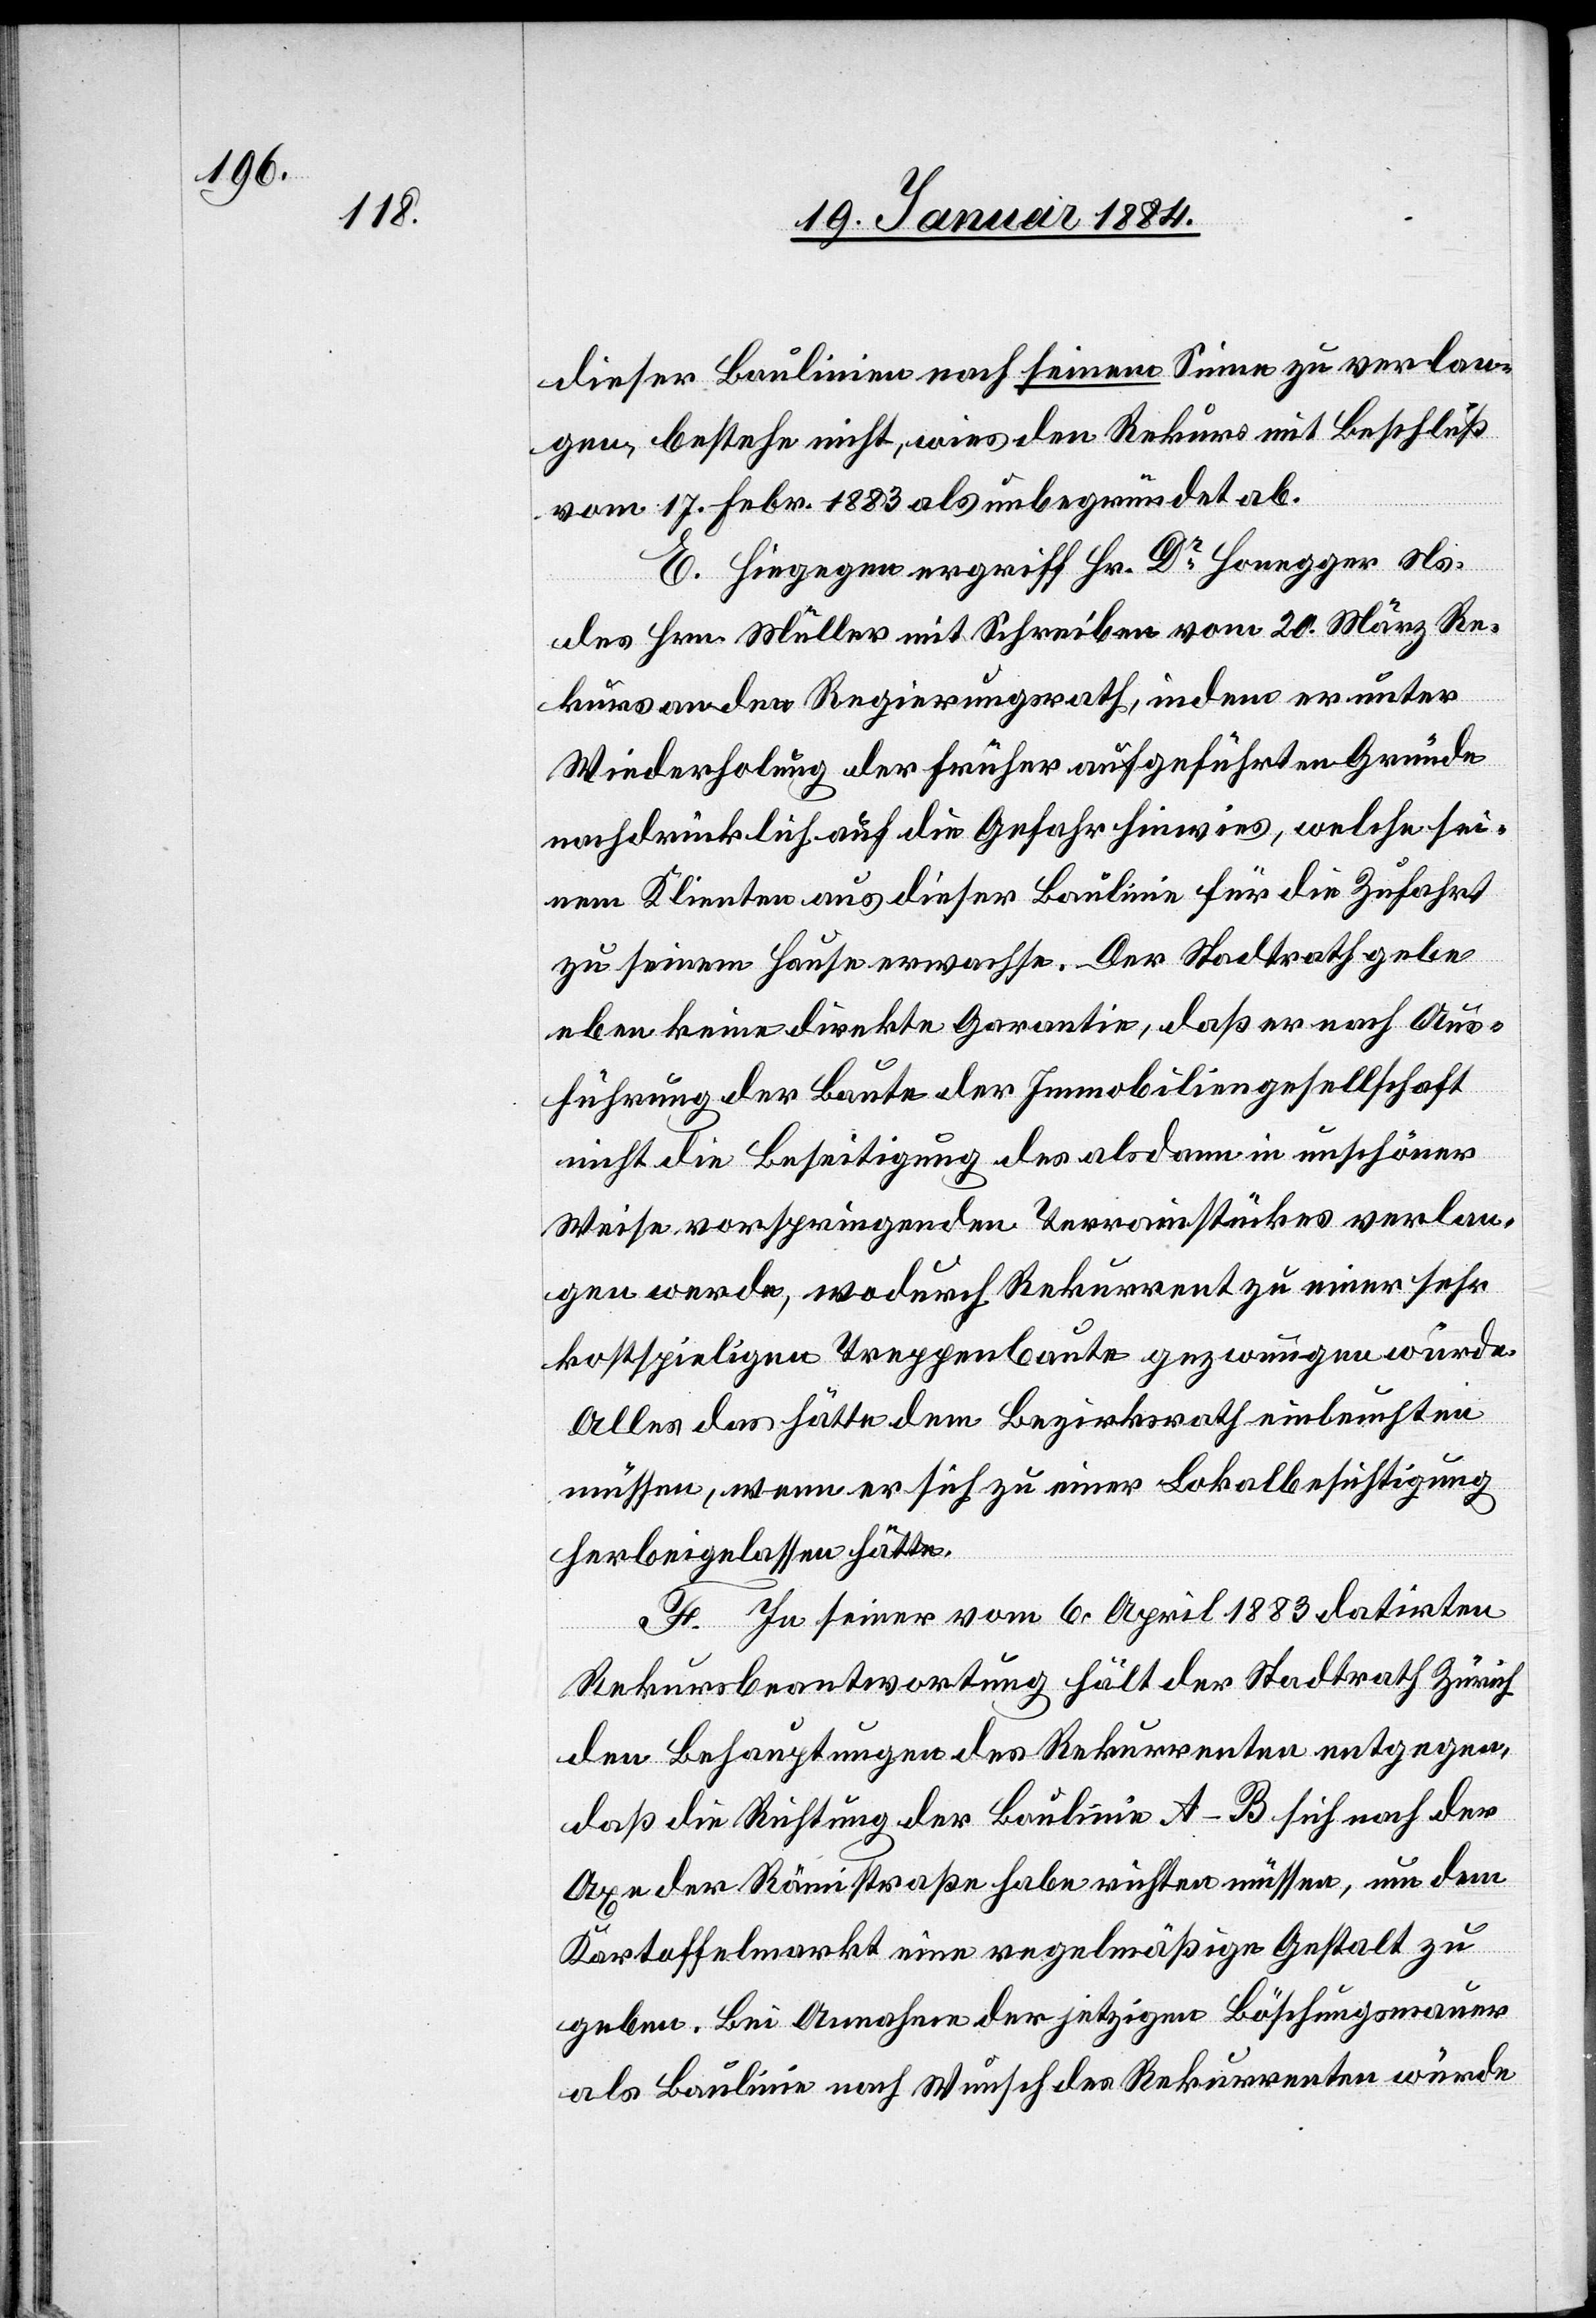
dieser Baulinie nach seinem Sinne zu verlan¬
gen, bestehe nicht, wies den Rekurs mit Beschluß
vom 17. Febr. 1883 als unbegründet ab.
E. Hiegegen ergriff Hr. Dr Honegger Ns.
des Hrn. Müller mit Schreiben vom 20. März Re¬
kurs an den Regierungsrath, indem er unter
Wiederholung der früher angeführten Gründe
nachdrücklich auf die Gefahr hinwies, welche sei¬
nem Klienten aus dieser Baulinie für die Zufahrt
zu seinem Hause erwachse. Der Stadtrath gebe
eben keine direkte Garantie, daß er nach Aus¬
führung der Baute der Immobiliengesellschaft
nicht die Beseitigung des alsdann in unschöner
Weise vorspringenden Terrainstückes verlan¬
gen werde, wodurch Rekurrent zu einer sehr
kostspieligen Treppenbaute gezwungen würde.
Alles das hätte dem Bezirksrath einleuchten
müssen, wenn er sich zu einer Lokalbesichtigung
herbeigelassen hätte.
F. In seiner vom 6. April 1883 datirten
Rekursbeantwortung hält der Stadtrath Zürich
den Behauptungen des Rekurrenten entgegen,
daß die Richtung der Baulinie A–B sich nach der
Axe der Rämistraße habe richten müssen, um dem
Kartoffelmarkt eine regelmäßige Gestalt zu
geben. Bei Annahme der jetzigen Böschungsmauer
als Baulinie nach Wunsch des Rekurrenten würde